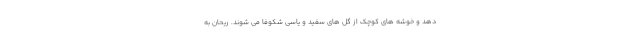
دهد و خوشه های کوچک از گل های سفید و یاسی شکوفا می شوند. ریحان به